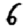
Digit: 6